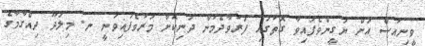
ވީނިއުސް އަށް ޔަގީންވެފައިވާ ގޮތުގައި ފަރުވާދެމުން ދަނިކޮށް މަރުވެފައިވަނީ ނ. މިލަދޫ ދިއްގާމާގެ